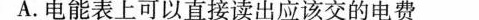
A.电能表上可以直接读出应该交的电费